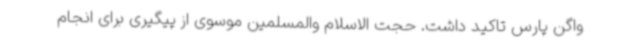
واگن پارس تاکید داشت. حجت الاسلام والمسلمین موسوی از پیگیری برای انجام